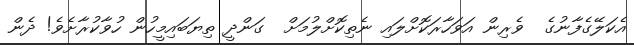
އެކަލޭގެފާނުގެ  ވެރިން އަވަހާރަކޮށްލައި ނެތިކޮށްލުމަށް  ގަންދީ ތިޔަބައިމީހުން ހުވާކުރާށެވެ! ދެން